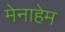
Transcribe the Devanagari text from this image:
मेनाहेम